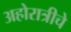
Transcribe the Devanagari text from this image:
अहोरात्रीचे